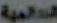
العالمية